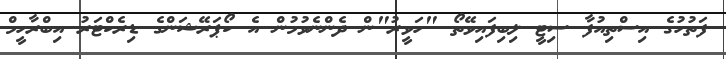
ފަތުހުގެ އިސްތިއުފާ ސިޓީ ލިބިފައިވޭތޯ "ހަވީރު"ން ދެންނެވުމުން އެ ކޯޕަރޭޝަންގެ ޑިރެކްޓަރު އިބްރާހީމް